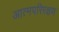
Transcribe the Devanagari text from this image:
आत्मपरिरक्षण